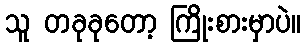
သူ တခုခုတော့ ကြိုးစားမှာပဲ။